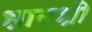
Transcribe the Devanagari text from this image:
श्रावश्री